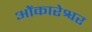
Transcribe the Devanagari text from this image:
ओेंकारेश्वर